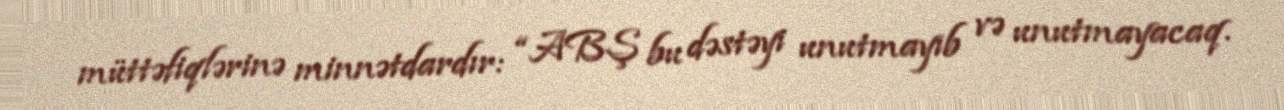
müttəfiqlərinə minnətdardır: “ABŞ bu dəstəyi unutmayıb və unutmayacaq.